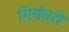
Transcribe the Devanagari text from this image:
गिर्यंतरी